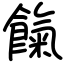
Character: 餼